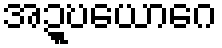
အဍ္ဎယောဂေ